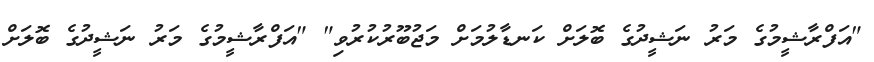
"އަފްރާޝީމުގެ މަރު ނަޝީދުގެ ބޮލަށް ކަނޑާލުމަށް މަޖުބޫރުކުރުވި" "އަފްރާޝީމުގެ މަރު ނަޝީދުގެ ބޮލަށް